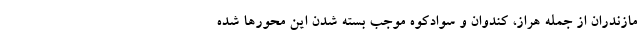
مازندران از جمله هراز، کندوان و سوادکوه موجب بسته شدن این محورها شده